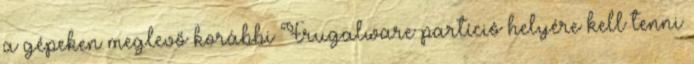
a gépeken meglevő korábbi Frugalware partíció helyére kell tenni